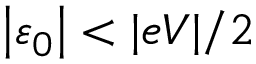
\left\vert \varepsilon _ { 0 } \right\vert < \vert e V \vert / 2